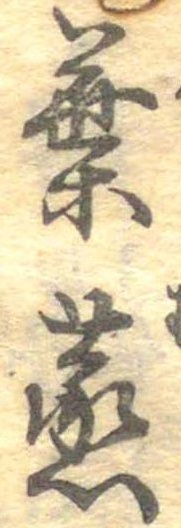
葉蒸